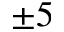
\pm 5